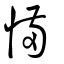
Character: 慲